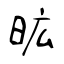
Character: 昿